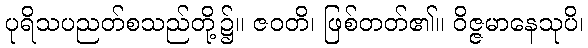
ပုရိသပညတ်စသည်တို့၌။ ဇဝတိ၊ ဖြစ်တတ်၏။ ဝိဇ္ဇမာနေသုပိ၊